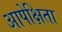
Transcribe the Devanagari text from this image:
आपेक्षिता